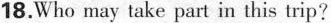
18.Who may take part in this trip?